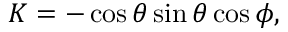
K = - \cos { \theta } \sin { \theta } \cos { \phi } ,